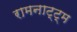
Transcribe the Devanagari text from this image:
रामनाट्ट्म